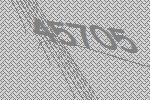
45705